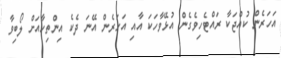
އަހަރެން ކުއްޖަކާ ރައްޓެހިވެގެން އުޅޭވާހަކަ އާއި އަހަރެން އޭނަ ދެކެ އިންތިހާއަށް ލޯބިވާ